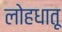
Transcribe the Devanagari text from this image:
लोहधातू